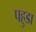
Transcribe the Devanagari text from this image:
पहुडा